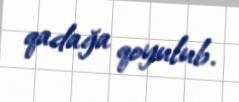
qadağa qoyulub.